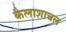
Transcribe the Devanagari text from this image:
कैलाशाचल